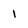
Character: 1